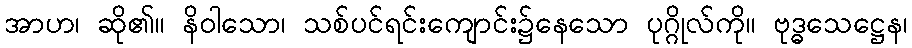
အာဟ၊ ဆို၏။ နိဝါသော၊ သစ်ပင်ရင်းကျောင်း၌နေသော ပုဂ္ဂိုလ်ကို။ ဗုဒ္ဓသေဋ္ဌေန၊